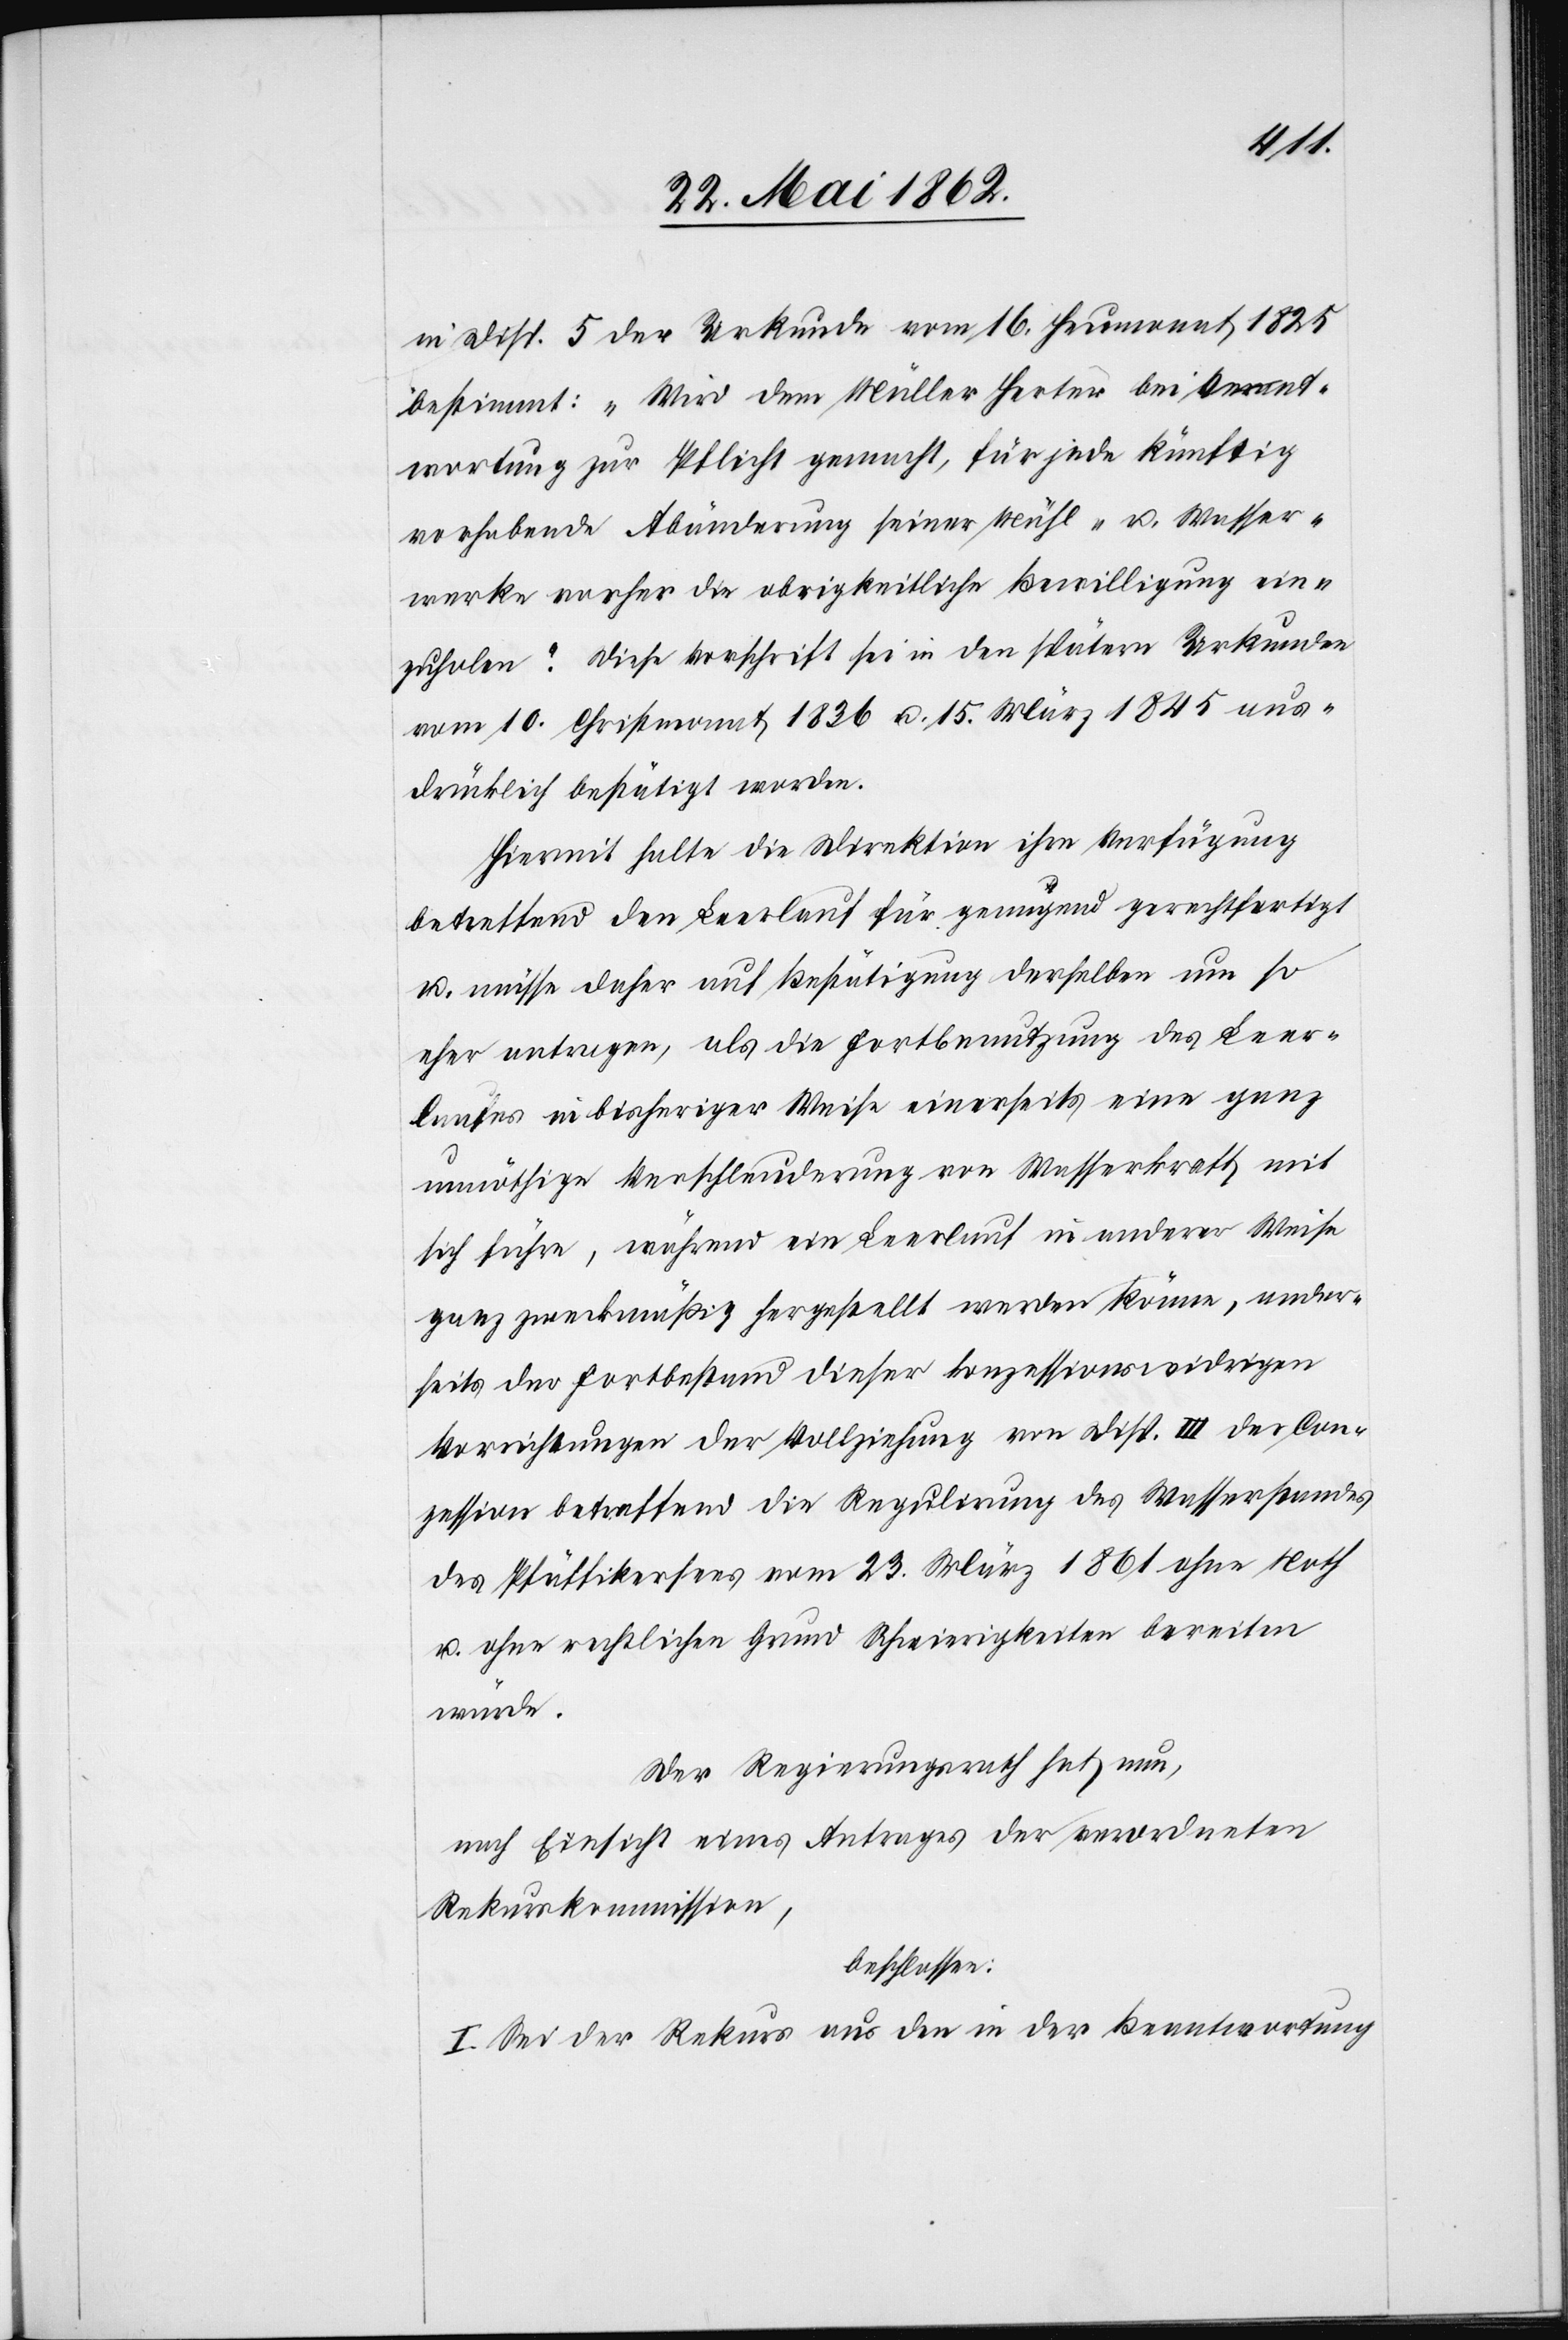
in Disp. 5 der Urkunde vom 16. Heumonat 1825
bestimmt: „Wird dem Müller Herter bei Verant¬
wortung zur Pflicht gemacht, für jede künftig
vorhabende Abänderung seiner Mühl- u. Wasser¬
werke vorher die obrigkeitliche Bewilligung ein¬
zuholen.“ Diese Vorschrift sei in den spätern Urkunden
vom 10. Christmonat 1836 u. 15. März 1845 aus¬
drücklich bestätigt worden.
Hiermit halte die Direktion ihre Verfügung
betreffend den Leerlauf für genügend gerechtfertigt
u. müsse daher auf Bestätigung derselben um so
eher antragen, als die Fortbenutzung des Leer¬
laufes in bisheriger Weise einerseits eine ganz
unnöthige Verschleuderung von Wasserkraft mit
sich führe, während ein Leerlauf in anderer Weise
ganz zweckmäßig hergestellt werden könne, ander¬
seits der Fortbestand dieser konzessionswidrigen
Vorrichtungen der Vollziehung von Disp. III der Con¬
zession betreffend die Regulirung des Wasserstandes
des Pfäffikersees vom 23. März 1861 ohne Noth
u. ohne rechtlichen Grund Schwierigkeiten bereiten
würde.
Der Regierungsrath hat nun,
nach Einsicht eines Antrages der verordneten
Rekurskommission,
beschlossen:
I. Sei der Rekurs aus den in der Beantwortung